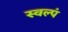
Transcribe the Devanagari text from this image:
स्वल्पं